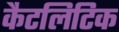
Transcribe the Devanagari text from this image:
कैटलिटिक